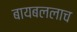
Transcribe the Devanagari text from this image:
बायबललाच